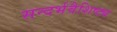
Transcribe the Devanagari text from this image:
सन्दर्भवैशिष्ट्य